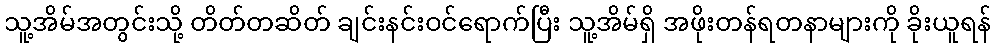
သူ့အိမ်အတွင်းသို့ တိတ်တဆိတ် ချင်းနင်းဝင်ရောက်ပြီး သူ့အိမ်ရှိ အဖိုးတန်ရတနာများကို ခိုးယူရန်